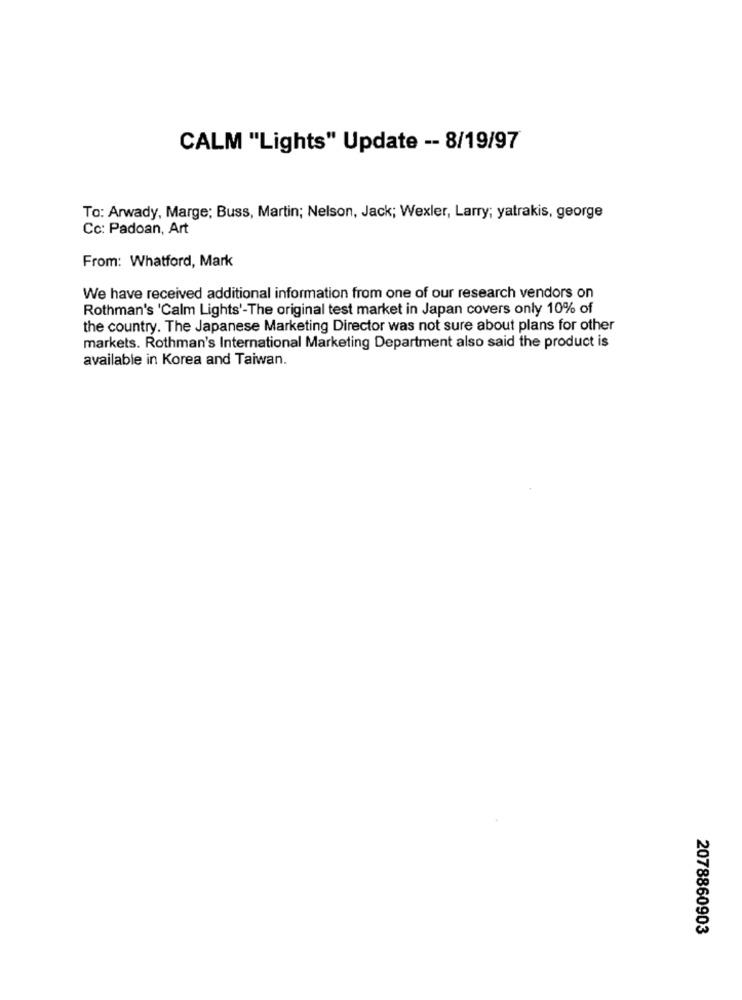
CALM "Lights" Update -- 8/19/97
To: Arwady, Marge; Buss, Martin; Nelson, Jack; Wexler, Larry; yatrakis, george
Cc: Padoan, Art
From: Whatford, Mark
We have received additional information from one of our research vendors on
Rothman's 'Calm Lights'-The original test market in Japan covers only 10% of
the country. The Japanese Marketing Director was not sure about plans for other
markets. Rothman's International Marketing Department also said the product is
available in Korea and Taiwan.
2078860903